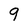
Character: 9